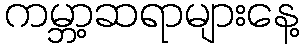
ကမ္ဘာ့ဆရာများနေ့